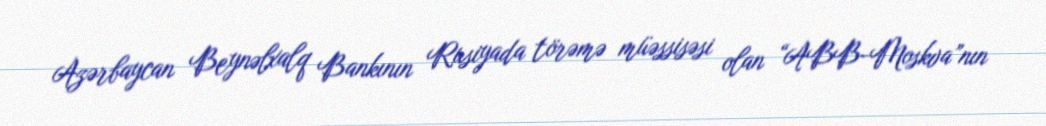
Azərbaycan Beynəlxalq Bankının Rusiyada törəmə müəssisəsi olan “ABB-Moskva”nın